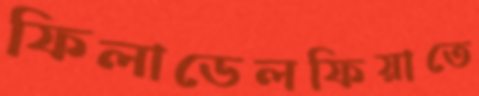
ফিলাডেলফিয়াতে